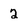
Character: 2